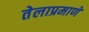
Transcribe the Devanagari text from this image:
तेलाप्रमाणे